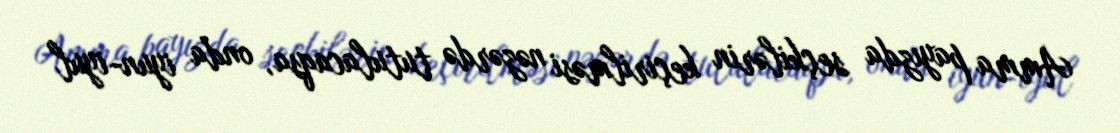
Amma payızda seçkilərin keçirilməsi nəzərdə tutulacaqsa, onda iyun-iyul